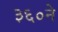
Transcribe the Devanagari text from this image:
३६०ने